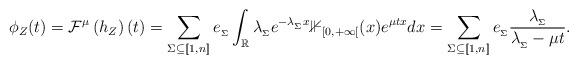
LaTeX: \begin{align*}\phi_Z(t) &= \mathcal{F}^\mu\left(h_Z\right)(t) = \sum_{\Sigma\subseteq [\![1,n]\!]}e_{_\Sigma}\int_\mathbb{R}\lambda_{_\Sigma}e^{-\lambda_{_\Sigma}x}\mathbb{1}_{[0,+\infty[}(x)e^{\mu tx} dx = \sum_{\Sigma\subseteq [\![1,n]\!]}e_{_\Sigma}\frac{\lambda_{_\Sigma}}{\lambda_{_\Sigma}-\mu t}.\end{align*}